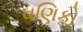
વણિકો